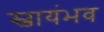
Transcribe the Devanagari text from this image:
स्वायंभव